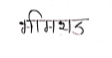
मजकूर: भीमथड